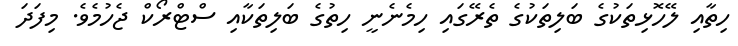
ހިތާއި ލޭހޮޅިތަކުގެ ބަލިތަކުގެ ތެރޭގައި ހިމެނެނީ ހިތުގެ ބަލިތަކާއި ސްޓްރޯކް ޖެހުމެވެ. މިފަދަ